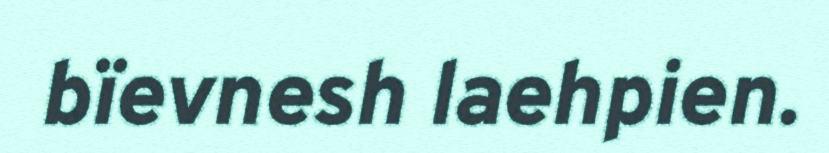
bïevnesh laehpien.